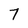
Character: 7